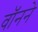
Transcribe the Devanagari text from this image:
वॉनने